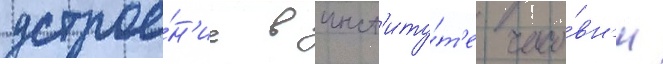
устрое́н'ие в инст'иту́т'е часо́вн'и